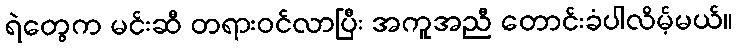
ရဲတွေက မင်းဆီ တရားဝင်လာပြီး အကူအညီ တောင်းခံပါလိမ့်မယ်။